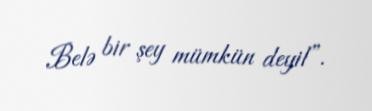
Belə bir şey mümkün deyil”.